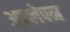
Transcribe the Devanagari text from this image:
अपलेपन